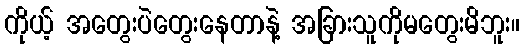
ကိုယ့် အတွေးပဲတွေးနေတာနဲ့ အခြားသူကိုမတွေးမိဘူး။